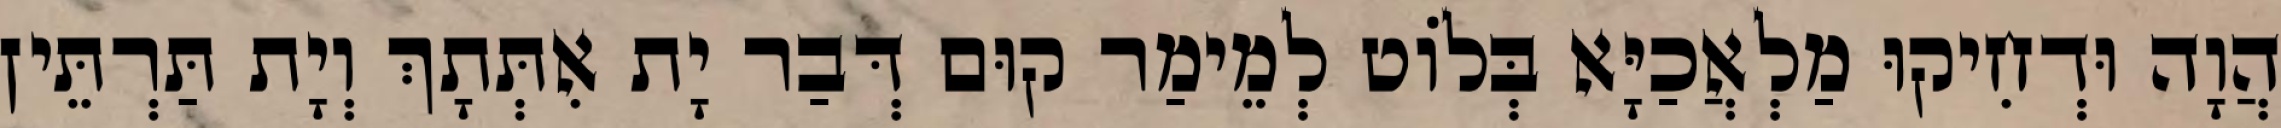
הֲוָה וּדְחִיקוּ מַלְאֲכַיָּא בְּלוֹט לְמֵימַר קוּם דְּבַר יָת אִתְּתָךְ וְיָת תַּרְתֵּין